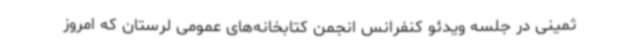
ثمینی در جلسه ویدئو کنفرانس انجمن کتابخانه‌های عمومی لرستان که امروز